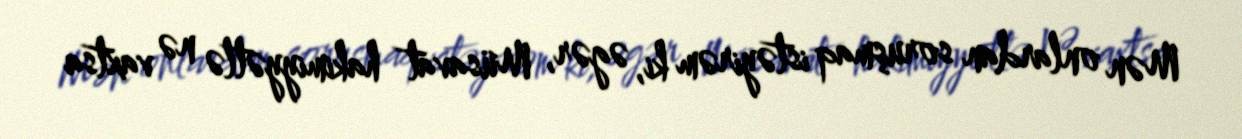
Mən onlardan soruşmaq istəyirəm ki, əgər, Müsavat hakimiyyətlə nə vaxtsa